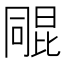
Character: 𣬑